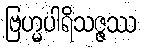
ဗြဟ္မပါရိသဇ္ဇဿ